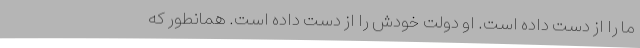
ما را از دست داده است. او دولت خودش را از دست داده است. همانطور که